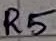
Text: R5